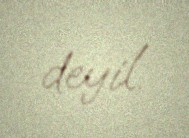
deyil.